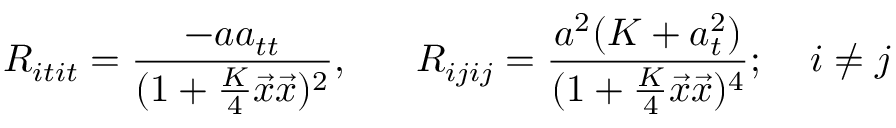
R _ { i t i t } = \frac { - a a _ { t t } } { ( 1 + \frac { K } { 4 } \vec { x } \vec { x } ) ^ { 2 } } , \; \; \; \; \; \; R _ { i j i j } = \frac { a ^ { 2 } ( K + a _ { t } ^ { 2 } ) } { ( 1 + \frac { K } { 4 } \vec { x } \vec { x } ) ^ { 4 } } ; \; \; \; \; i \neq j